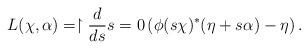
LaTeX: \begin{align*}L(\chi,\alpha)=\restriction{\dfrac{d}{ds}}{s=0}\left (\phi(s\chi)^*(\eta+s\alpha)-\eta\right).\end{align*}